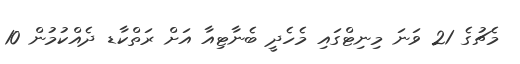
މެޗުގެ 21 ވަނަ މިނިޓްގައި މެހެދީ ބެނާޓިއާ އަށް ރަތްކާޑ ދެއްކުމުން 10